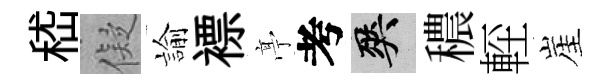
嵇儗諭褾𠅘考爽穠䡖崖